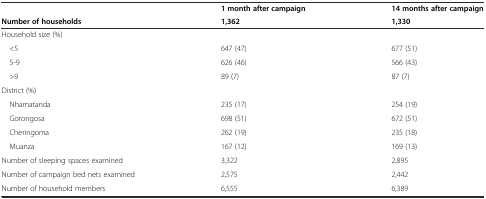
<table><thead><tr><td></td><td><b>1 month after campaign</b></td><td><b>14 months after campaign</b></td></tr><tr><td><b>Number of households</b></td><td><b>1,362</b></td><td><b>1,330</b></td></tr></thead><tbody><tr><td>Household size (%)</td><td></td><td></td></tr><tr><td> &lt;5</td><td>647 (47)</td><td>677 (51)</td></tr><tr><td> 5-9</td><td>626 (46)</td><td>566 (43)</td></tr><tr><td> &gt;9</td><td>89 (7)</td><td>87 (7)</td></tr><tr><td>District (%)</td><td></td><td></td></tr><tr><td> Nhamatanda</td><td>235 (17)</td><td>254 (19)</td></tr><tr><td> Gorongosa</td><td>698 (51)</td><td>672 (51)</td></tr><tr><td> Cheringoma</td><td>262 (19)</td><td>235 (18)</td></tr><tr><td> Muanza</td><td>167 (12)</td><td>169 (13)</td></tr><tr><td>Number of sleeping spaces examined</td><td>3,322</td><td>2,895</td></tr><tr><td>Number of campaign bed nets examined</td><td>2,575</td><td>2,442</td></tr><tr><td>Number of household members</td><td>6,555</td><td>6,389</td></tr></tbody></table>